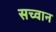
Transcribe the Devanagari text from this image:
सच्वान